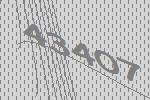
43407